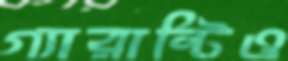
গ্যারান্টিও